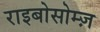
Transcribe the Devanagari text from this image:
राइबोसोम्ज़